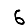
Digit: 6